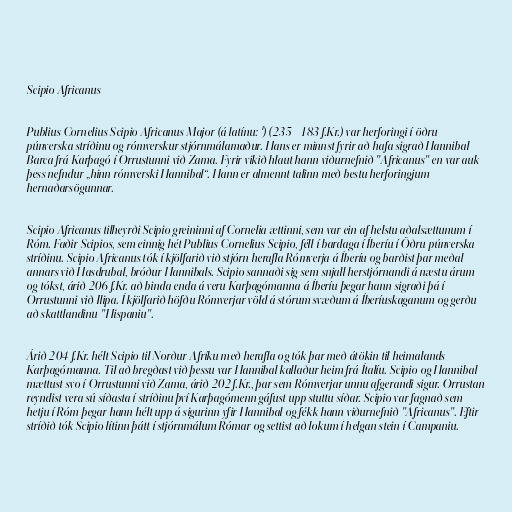
Scipio Africanus

Publius Cornelius Scipio Africanus Major (á latínu: ¹) (235 – 183 f.Kr.) var herforingi í öðru
púnverska stríðinu og rómverskur stjórnmálamaður. Hans er minnst fyrir að hafa sigrað Hannibal
Barca frá Karþagó í Orrustunni við Zama. Fyrir vikið hlaut hann viðurnefnið "Africanus" en var auk
þess nefndur „hinn rómverski Hannibal“. Hann er almennt talinn með bestu herforingjum
hernaðarsögunnar.

Scipio Africanus tilheyrði Scipio greininni af Cornelia ættinni, sem var ein af helstu aðalsættunum í
Róm. Faðir Scipios, sem einnig hét Publius Cornelius Scipio, féll í bardaga í Íberíu í Öðru púnverska
stríðinu. Scipio Africanus tók í kjölfarið við stjórn herafla Rómverja á Íberíu og barðist þar meðal
annars við Hasdrubal, bróður Hannibals. Scipio sannaði sig sem snjall herstjórnandi á næstu árum
og tókst, árið 206 f.Kr. að binda enda á veru Karþagómanna á Íberíu þegar hann sigraði þá í
Orrustunni við Ilipa. Í kjölfarið höfðu Rómverjar völd á stórum svæðum á Íberíuskaganum og gerðu
að skattlandinu "Hispaniu".

Árið 204 f.Kr. hélt Scipio til Norður-Afríku með herafla og tók þar með átökin til heimalands
Karþagómanna. Til að bregðast við þessu var Hannibal kallaður heim frá Ítalíu. Scipio og Hannibal
mættust svo í Orrustunni við Zama, árið 202 f.Kr., þar sem Rómverjar unnu afgerandi sigur. Orrustan
reyndist vera sú síðasta í stríðinu því Karþagómenn gáfust upp stuttu síðar. Scipio var fagnað sem
hetju í Róm þegar hann hélt upp á sigurinn yfir Hannibal og fékk hann viðurnefnið "Africanus". Eftir
stríðið tók Scipio lítinn þátt í stjórnmálum Rómar og settist að lokum í helgan stein í Campaniu.